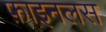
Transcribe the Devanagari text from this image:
फ़ाइनलस